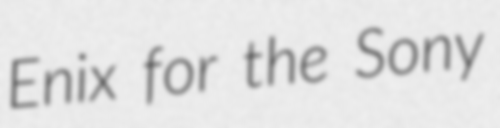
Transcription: Enix for the Sony